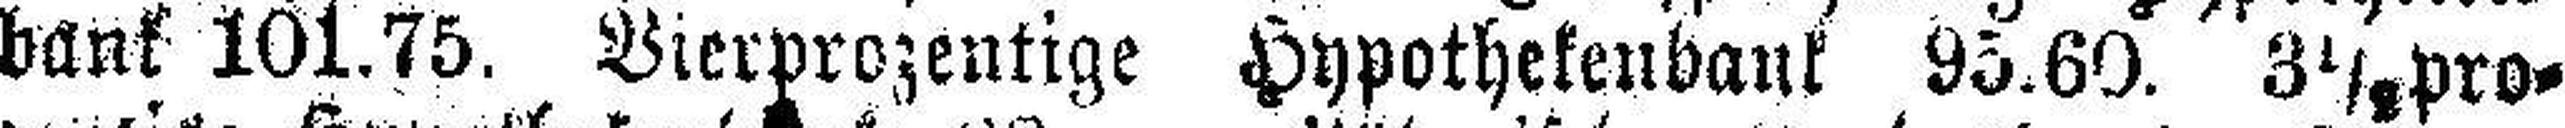
bank 101.75. Vierprozentige Hypothekenbank 95.60. 3 1/8 pro¬